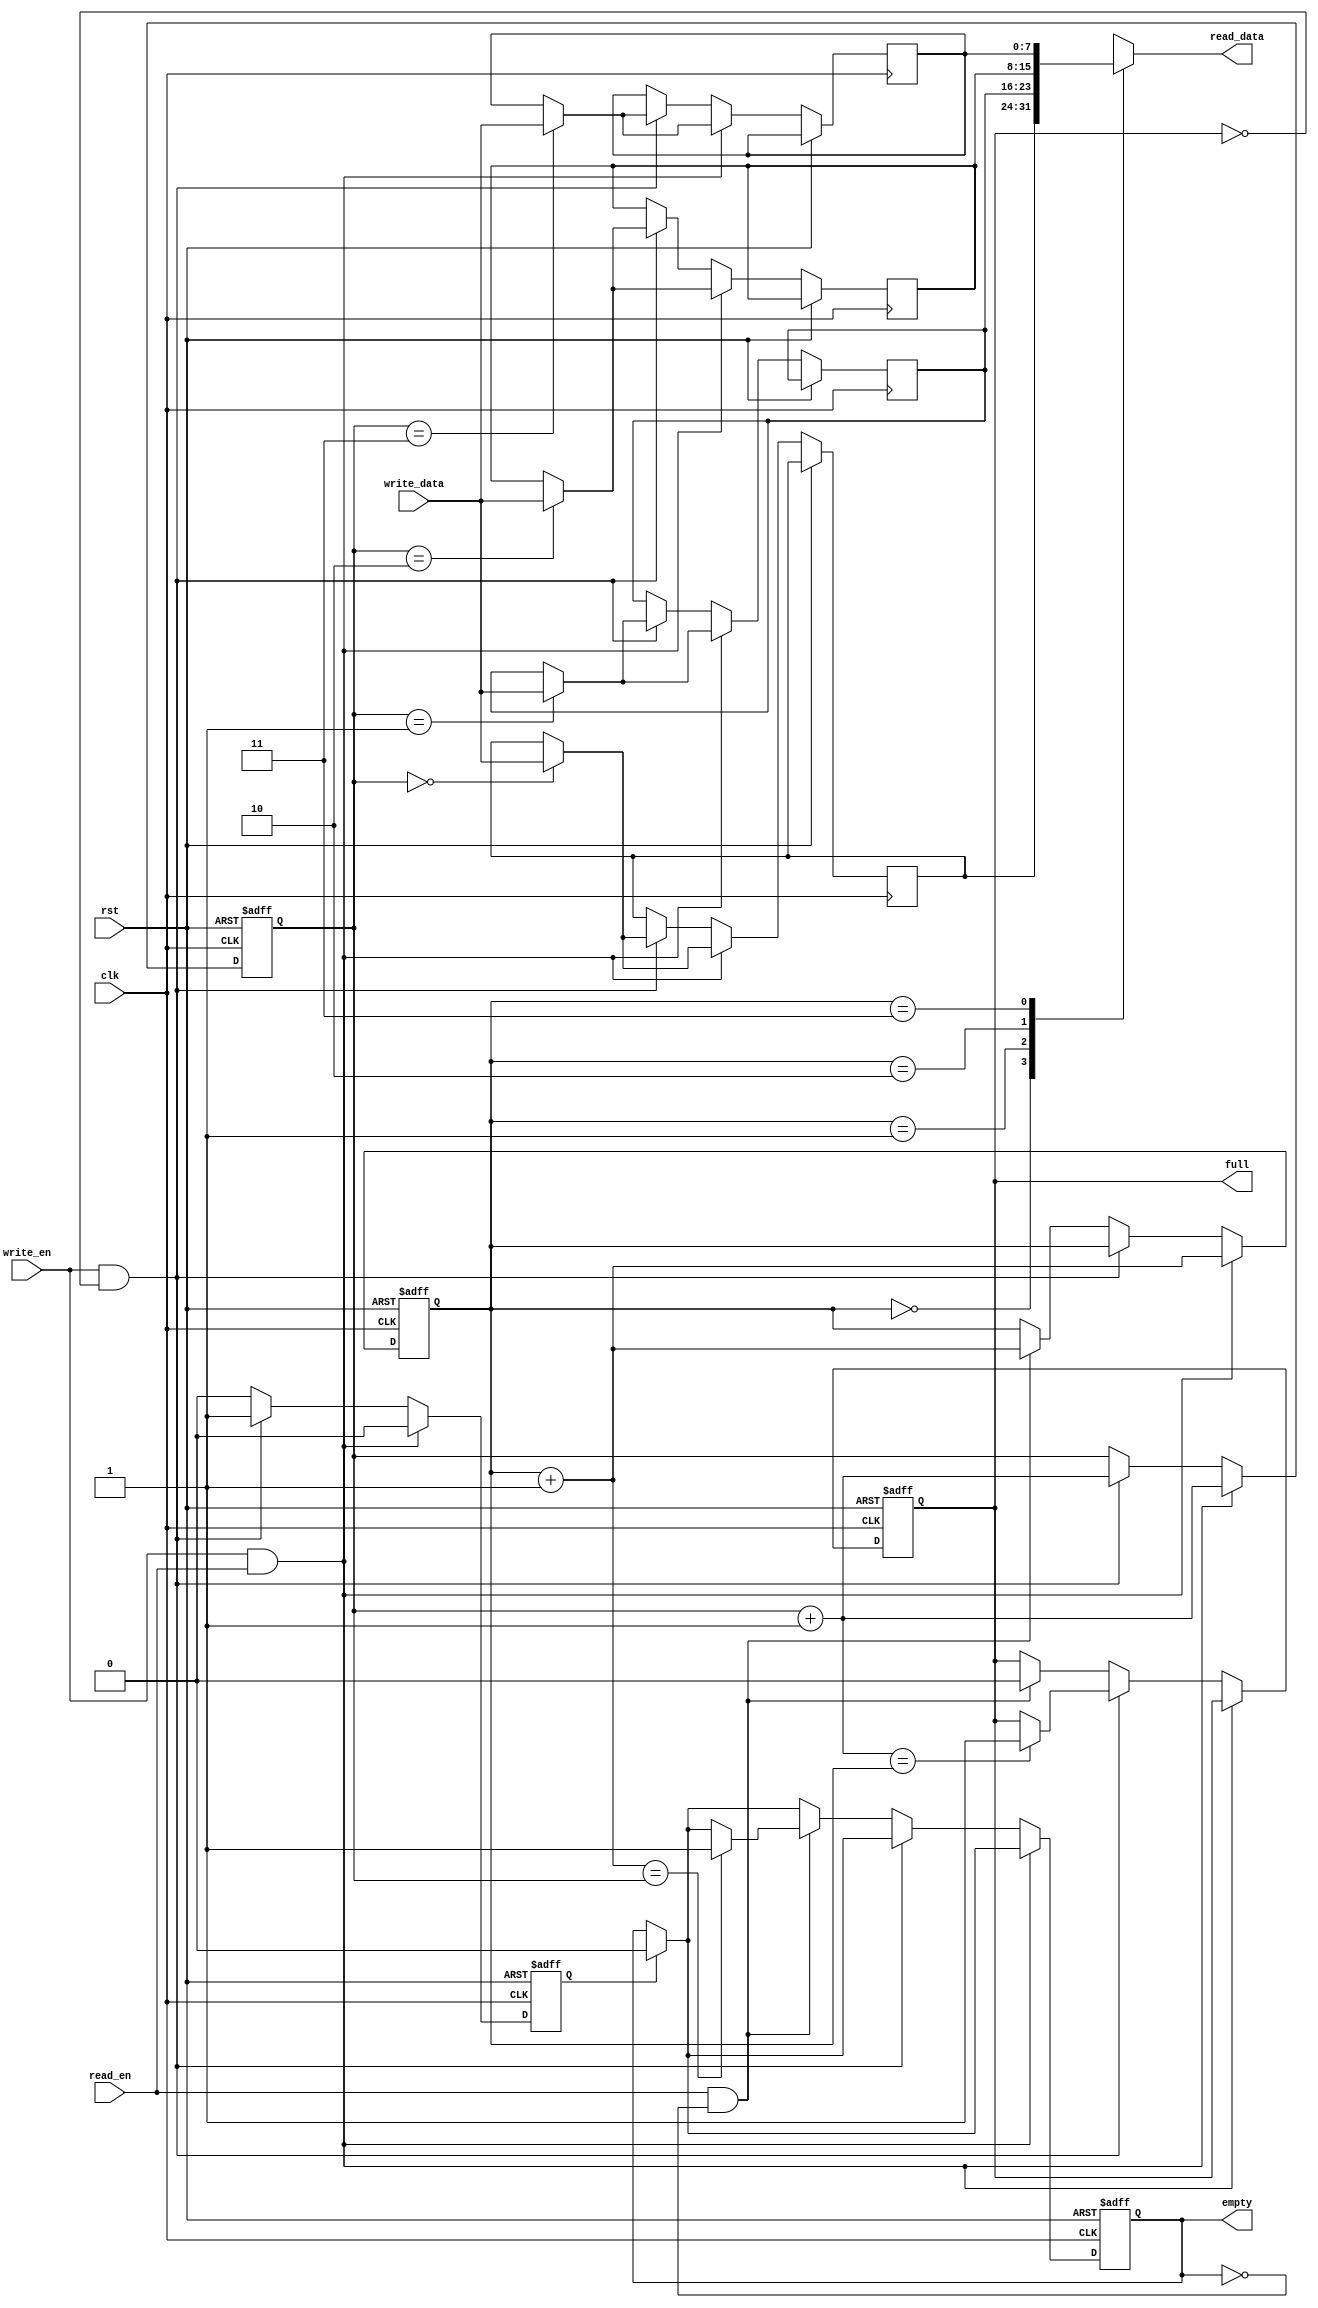
module fifo(clk, rst, write_en, write_data, read_en, read_data, empty, full);
input                     clk;
input                     rst;
input                     write_en;
input  [WIDTH-1:0]        write_data;
input                     read_en;
output [WIDTH-1:0]        read_data;
output reg                empty;
output reg                full;

parameter SIZE = 4;
parameter WIDTH = 8;

reg         [WIDTH-1:0] r_storage [SIZE-1:0];
reg  [$clog2(SIZE)-1:0] r_read_ptr;
reg  [$clog2(SIZE)-1:0] r_write_ptr;
reg                     r_rst_empty;

assign read_data    = r_storage[r_read_ptr];

wire  [$clog2(SIZE)-1:0] w_read_ptr_nxt  = r_read_ptr + 1;
wire  [$clog2(SIZE)-1:0] w_write_ptr_nxt = r_write_ptr + 1;

always @ (posedge clk or posedge rst) begin
  if (rst) begin
    r_read_ptr               <= 0;
	 r_write_ptr              <= 0;
	 full                     <= 0;
	 empty                    <= 1;
	 r_rst_empty              <= 0;
  end
  else begin
    if (r_rst_empty) begin
	   empty                  <= 0;
		r_rst_empty            <= 0;
	 end
	 if (write_en && read_en) begin
	   r_storage[r_write_ptr] <= write_data;
		r_write_ptr            <= r_write_ptr + 1;
		r_read_ptr             <= r_read_ptr + 1;
	 end else if (write_en && !full) begin
	   r_storage[r_write_ptr] <= write_data;
		r_rst_empty            <= 1;
		if (w_write_ptr_nxt == r_read_ptr) begin
		  full                 <= 1;
		end
		r_write_ptr            <= r_write_ptr + 1;
	 end else if (read_en && !empty) begin
		full                   <= 0;
		if (w_read_ptr_nxt == r_write_ptr) begin
		  empty                <= 1;
		end
		r_read_ptr             <= r_read_ptr + 1;
	 end
  end
end

endmodule